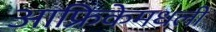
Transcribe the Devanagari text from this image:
आफ्रिकेमधली